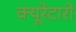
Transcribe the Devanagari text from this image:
क्यूरेटारो